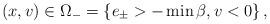
LaTeX: \begin{align*}\left( x,v\right) \in\Omega_{-}=\left\{ e_{\pm}>-\min\beta,v<0\right\},\end{align*}